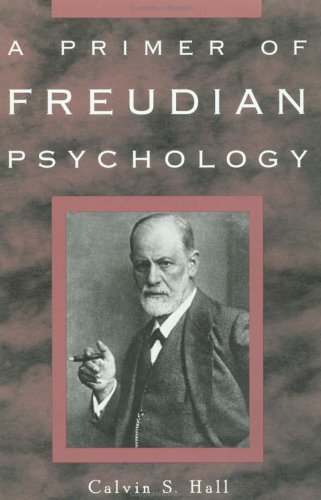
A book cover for A Primer of Freudian Psychology; Calvin S. Hall; Medical Books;